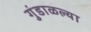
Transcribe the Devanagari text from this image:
गुंडाळल्या